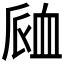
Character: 𧖴